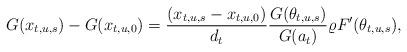
LaTeX: \begin{align*}G(x_{t,u,s}) - G(x_{t,u,0}) = \frac{(x_{t,u,s} - x_{t,u,0})}{d_t} \frac{G(\theta_{t,u,s})}{G(a_t)} \varrho F'(\theta_{t,u,s}),\end{align*}